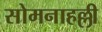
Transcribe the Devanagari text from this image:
सोमनाहल्ली